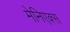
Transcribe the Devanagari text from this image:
मेनिएक्स